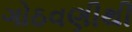
ગોઠવણીથી